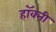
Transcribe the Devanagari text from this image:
हॉक्नी